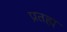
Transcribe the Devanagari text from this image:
प्रतह्म